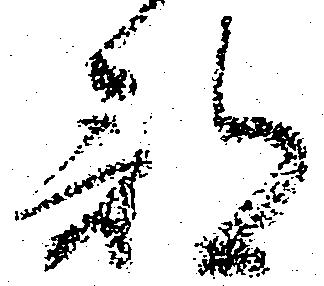
部